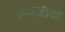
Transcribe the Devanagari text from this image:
एनहाईड्राइड